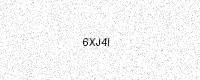
Text: 6XJ4I